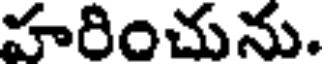
హరించును.